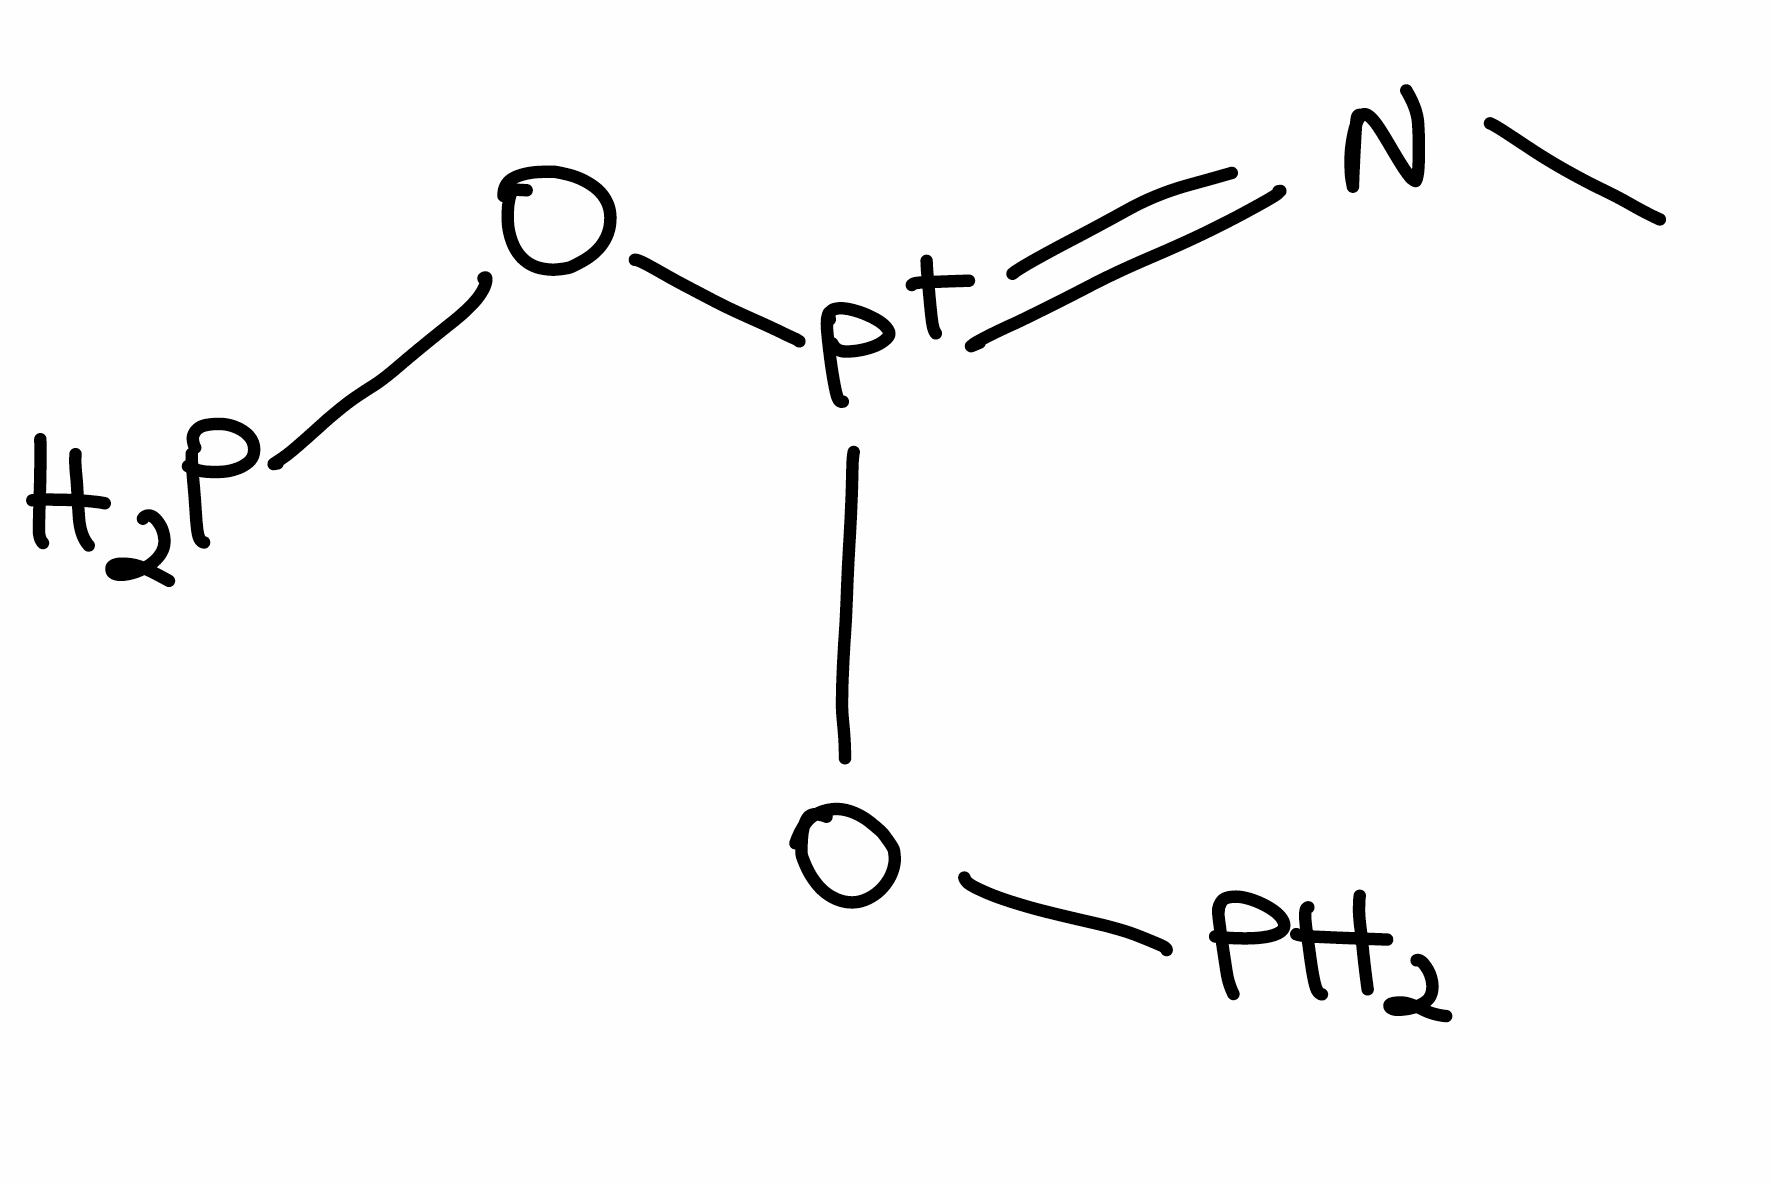
Simplified molecular-input line-entry system (SMILES) notation of the given molecule:
CN=[P+](OP)OP